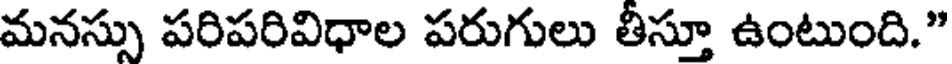
మనస్సు పరిపరివిధాల పరుగులు తీస్తూ ఉంటుంది."